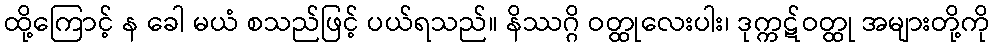
ထို့ကြောင့် န ခေါ မယံ စသည်ဖြင့် ပယ်ရသည်။ နိဿဂ္ဂိ ဝတ္ထုလေးပါး၊ ဒုက္ကဋ်ဝတ္ထု အများတို့ကို